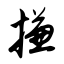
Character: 搛